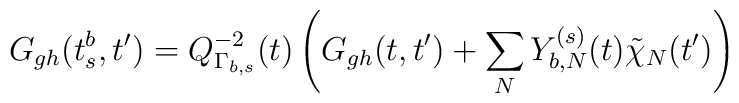
G_{gh}(t_s^b,t')=Q_{\Gamma_{b,s}}^{-2}(t)\left(G_{gh}(t,t')+\sum_N Y_{b,N}^{(s)}(t)\tilde \chi_N(t')\right)